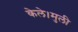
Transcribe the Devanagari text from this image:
केले।मुली